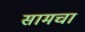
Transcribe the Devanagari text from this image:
सामचा